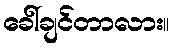
ခေါ်ချင်တာလား။